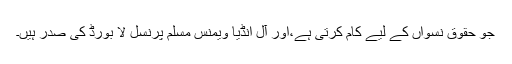
جو حقوق نسواں کے لیے کام کرتی ہے،اور آل انڈیا ویمنس مسلم پرنسل لا بورڈ کی صدر ہیں۔